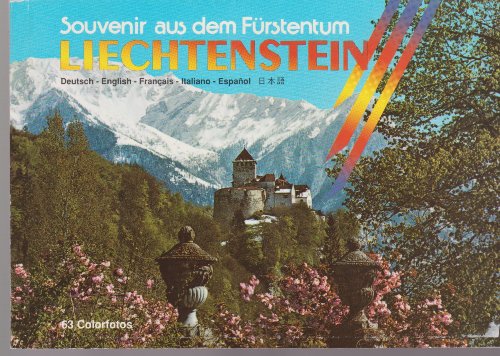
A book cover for Souvenir aus dem Furstentum Liechtenstein; Castello; Travel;